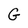
Character: G